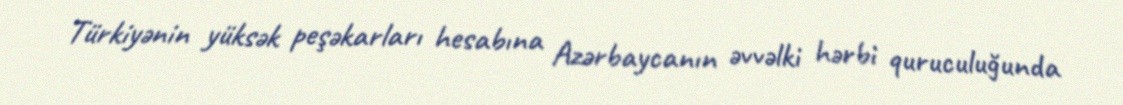
Türkiyənin yüksək peşəkarları hesabına Azərbaycanın əvvəlki hərbi quruculuğunda